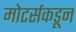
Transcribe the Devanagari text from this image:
मोटर्सकडून